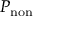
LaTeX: P _ { \mathrm { n o n } }